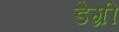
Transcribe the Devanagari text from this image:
डेग्री